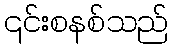
၎င်းစနစ်သည်